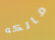
مالكه